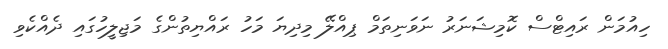
ހިއުމަން ރައިޓްސް ކޮމިޝަނަރު ނަވަނިތަމް ޕިއްލޭ މިދިޔަ މަހު ރައްޔިތުންގެ މަޖިލީހުގައި ދެއްކެވި